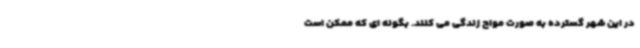
در این شهر گسترده به صورت مواج زندگی می کنند. بگونه ای که ممکن است